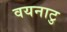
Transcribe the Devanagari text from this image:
वयनाटु